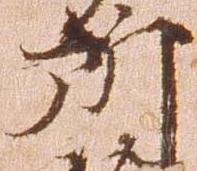
所